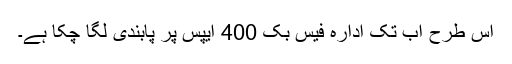
اس طرح اب تک ادارہ فیس بُک 400 ایپس پر پابندی لگا چکا ہے۔